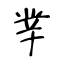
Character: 丵